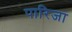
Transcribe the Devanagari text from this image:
पारिजा